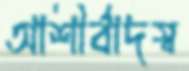
আশীর্বাদস্ব